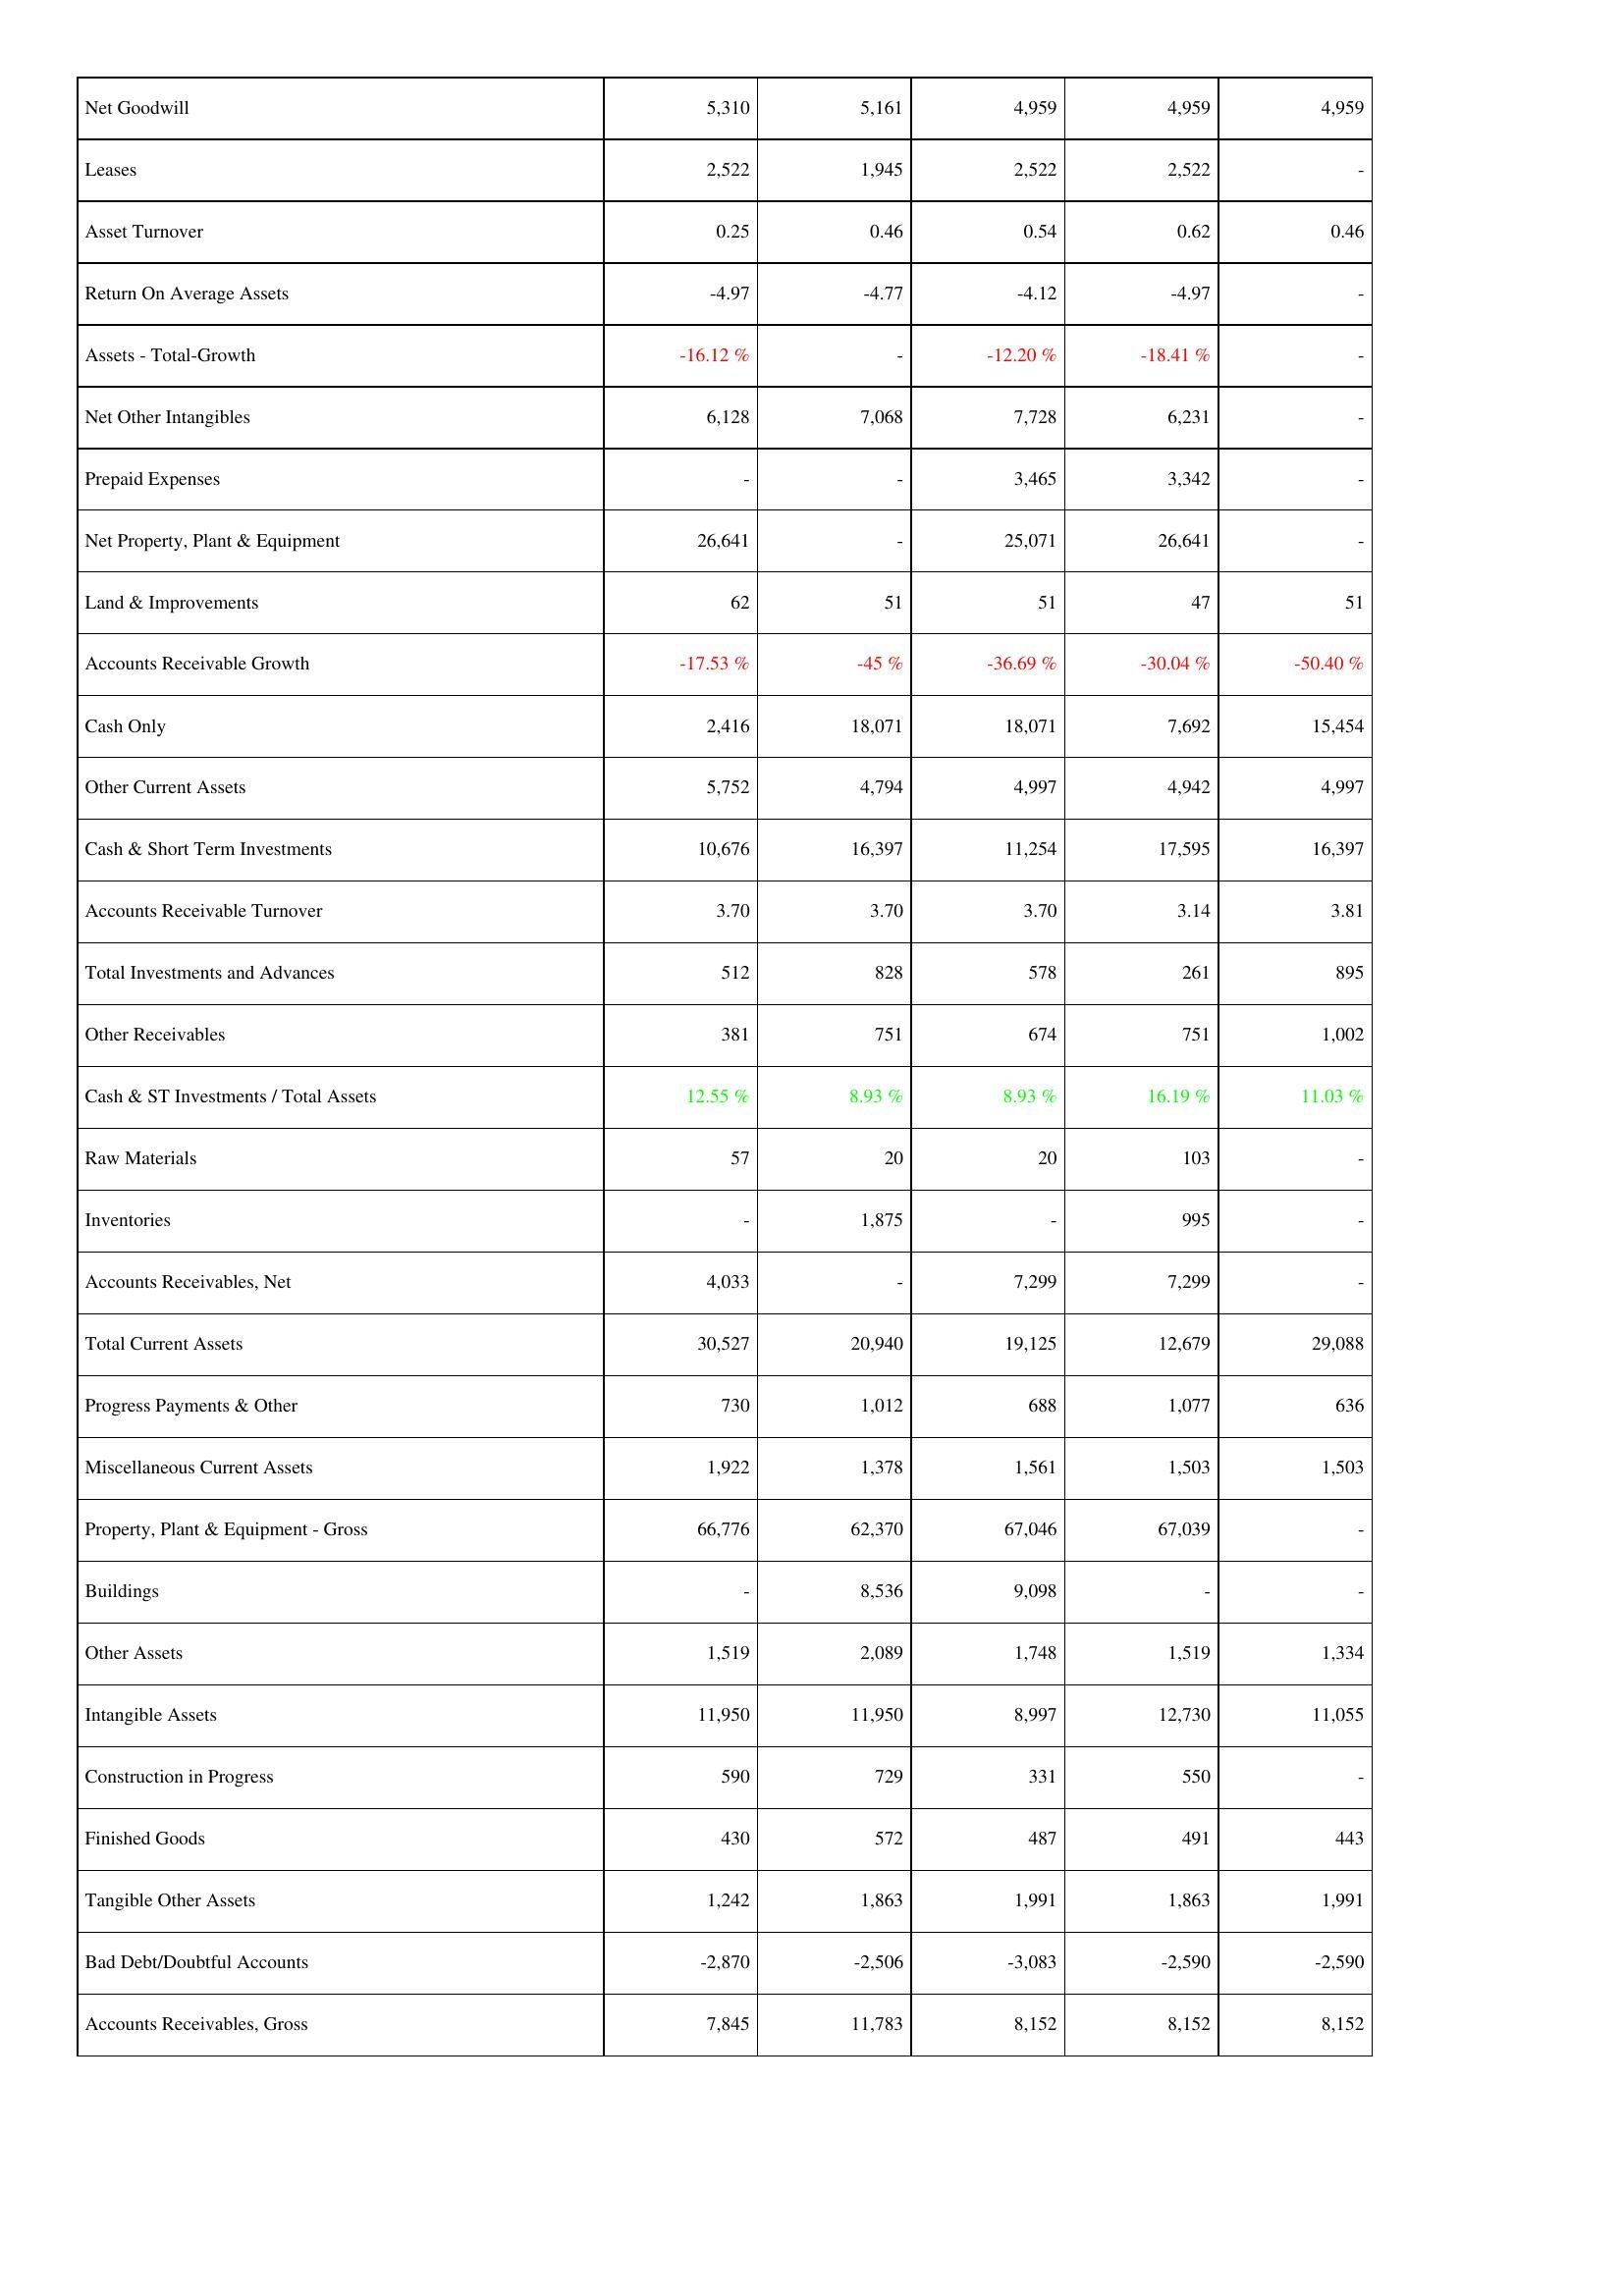
2026: Assets: Net Goodwill: 5,310
Leases: 2,522
Asset Turnover: 0.25
Return On Average Assets: -4.97
Assets - Total-Growth: -16.12 %
Net Other Intangibles: 6,128
Prepaid Expenses: -
Net Property, Plant & Equipment: 26,641
Land & Improvements: 62
Accounts Receivable Growth: -17.53 %
Cash Only: 2,416
Other Current Assets: 5,752
Cash & Short Term Investments: 10,676
Accounts Receivable Turnover: 3.70
Total Investments and Advances: 512
Other Receivables: 381
Cash & ST Investments / Total Assets: 12.55 %
Raw Materials: 57
Inventories: -
Accounts Receivables, Net: 4,033
Total Current Assets: 30,527
Progress Payments & Other: 730
Miscellaneous Current Assets: 1,922
Property, Plant & Equipment - Gross: 66,776
Buildings: -
Other Assets: 1,519
Intangible Assets: 11,950
Construction in Progress: 590
Finished Goods: 430
Tangible Other Assets: 1,242
Bad Debt/Doubtful Accounts: -2,870
Accounts Receivables, Gross: 7,845
2025: Assets: Net Goodwill: 5,161
Leases: 1,945
Asset Turnover: 0.46
Return On Average Assets: -4.77
Assets - Total-Growth: -
Net Other Intangibles: 7,068
Prepaid Expenses: -
Net Property, Plant & Equipment: -
Land & Improvements: 51
Accounts Receivable Growth: -45 %
Cash Only: 18,071
Other Current Assets: 4,794
Cash & Short Term Investments: 16,397
Accounts Receivable Turnover: 3.70
Total Investments and Advances: 828
Other Receivables: 751
Cash & ST Investments / Total Assets: 8.93 %
Raw Materials: 20
Inventories: 1,875
Accounts Receivables, Net: -
Total Current Assets: 20,940
Progress Payments & Other: 1,012
Miscellaneous Current Assets: 1,378
Property, Plant & Equipment - Gross: 62,370
Buildings: 8,536
Other Assets: 2,089
Intangible Assets: 11,950
Construction in Progress: 729
Finished Goods: 572
Tangible Other Assets: 1,863
Bad Debt/Doubtful Accounts: -2,506
Accounts Receivables, Gross: 11,783
2024: Assets: Net Goodwill: 4,959
Leases: 2,522
Asset Turnover: 0.54
Return On Average Assets: -4.12
Assets - Total-Growth: -12.20 %
Net Other Intangibles: 7,728
Prepaid Expenses: 3,465
Net Property, Plant & Equipment: 25,071
Land & Improvements: 51
Accounts Receivable Growth: -36.69 %
Cash Only: 18,071
Other Current Assets: 4,997
Cash & Short Term Investments: 11,254
Accounts Receivable Turnover: 3.70
Total Investments and Advances: 578
Other Receivables: 674
Cash & ST Investments / Total Assets: 8.93 %
Raw Materials: 20
Inventories: -
Accounts Receivables, Net: 7,299
Total Current Assets: 19,125
Progress Payments & Other: 688
Miscellaneous Current Assets: 1,561
Property, Plant & Equipment - Gross: 67,046
Buildings: 9,098
Other Assets: 1,748
Intangible Assets: 8,997
Construction in Progress: 331
Finished Goods: 487
Tangible Other Assets: 1,991
Bad Debt/Doubtful Accounts: -3,083
Accounts Receivables, Gross: 8,152
2023: Assets: Net Goodwill: 4,959
Leases: 2,522
Asset Turnover: 0.62
Return On Average Assets: -4.97
Assets - Total-Growth: -18.41 %
Net Other Intangibles: 6,231
Prepaid Expenses: 3,342
Net Property, Plant & Equipment: 26,641
Land & Improvements: 47
Accounts Receivable Growth: -30.04 %
Cash Only: 7,692
Other Current Assets: 4,942
Cash & Short Term Investments: 17,595
Accounts Receivable Turnover: 3.14
Total Investments and Advances: 261
Other Receivables: 751
Cash & ST Investments / Total Assets: 16.19 %
Raw Materials: 103
Inventories: 995
Accounts Receivables, Net: 7,299
Total Current Assets: 12,679
Progress Payments & Other: 1,077
Miscellaneous Current Assets: 1,503
Property, Plant & Equipment - Gross: 67,039
Buildings: -
Other Assets: 1,519
Intangible Assets: 12,730
Construction in Progress: 550
Finished Goods: 491
Tangible Other Assets: 1,863
Bad Debt/Doubtful Accounts: -2,590
Accounts Receivables, Gross: 8,152
2022: Assets: Net Goodwill: 4,959
Leases: -
Asset Turnover: 0.46
Return On Average Assets: -
Assets - Total-Growth: -
Net Other Intangibles: -
Prepaid Expenses: -
Net Property, Plant & Equipment: -
Land & Improvements: 51
Accounts Receivable Growth: -50.40 %
Cash Only: 15,454
Other Current Assets: 4,997
Cash & Short Term Investments: 16,397
Accounts Receivable Turnover: 3.81
Total Investments and Advances: 895
Other Receivables: 1,002
Cash & ST Investments / Total Assets: 11.03 %
Raw Materials: -
Inventories: -
Accounts Receivables, Net: -
Total Current Assets: 29,088
Progress Payments & Other: 636
Miscellaneous Current Assets: 1,503
Property, Plant & Equipment - Gross: -
Buildings: -
Other Assets: 1,334
Intangible Assets: 11,055
Construction in Progress: -
Finished Goods: 443
Tangible Other Assets: 1,991
Bad Debt/Doubtful Accounts: -2,590
Accounts Receivables, Gross: 8,152